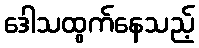
ဒေါသထွက်နေသည့်